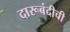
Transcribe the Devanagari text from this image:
दारूबंदीची